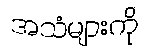
အသံများကို